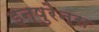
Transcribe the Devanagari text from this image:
इन्षुरेन्स